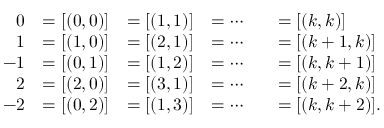
{ \begin{array} { r l r l r l } { 0 } & { = [ ( 0 , 0 ) ] } & { = [ ( 1 , 1 ) ] } & { = \cdots } & & { = [ ( k , k ) ] } \\ { 1 } & { = [ ( 1 , 0 ) ] } & { = [ ( 2 , 1 ) ] } & { = \cdots } & & { = [ ( k + 1 , k ) ] } \\ { - 1 } & { = [ ( 0 , 1 ) ] } & { = [ ( 1 , 2 ) ] } & { = \cdots } & & { = [ ( k , k + 1 ) ] } \\ { 2 } & { = [ ( 2 , 0 ) ] } & { = [ ( 3 , 1 ) ] } & { = \cdots } & & { = [ ( k + 2 , k ) ] } \\ { - 2 } & { = [ ( 0 , 2 ) ] } & { = [ ( 1 , 3 ) ] } & { = \cdots } & & { = [ ( k , k + 2 ) ] . } \end{array} }